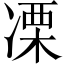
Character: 凓